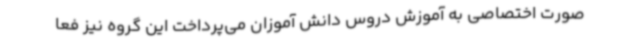
صورت اختصاصی به آموزش دروس دانش آموزان می‌پرداخت این گروه نیز فعا